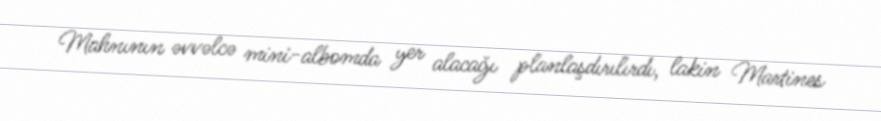
Mahnının əvvəlcə mini-albomda yer alacağı planlaşdırılırdı, lakin Martines